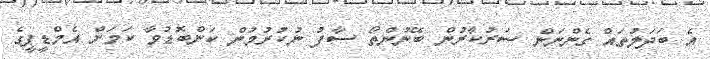
އެ ބަދަލުތައް ގެންނަން ސަރުކާރުން ބޭނުންތޯ ސާފު ނުކުރުމުން ކަންބޮޑުވާ ކަމަށް އެމްޑީޕީގެ